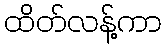
ထိတ်လန့်ကာ